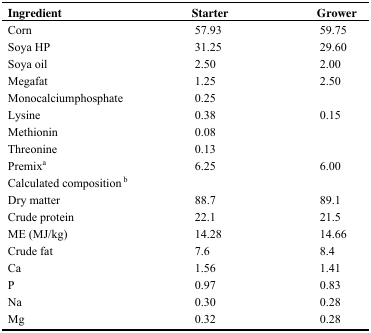
<table><thead><tr><td><b>Ingredient</b></td><td><b>Starter</b></td><td><b>Grower</b></td></tr></thead><tbody><tr><td>Corn</td><td>57.93</td><td>59.75</td></tr><tr><td>Soya HP</td><td>31.25</td><td>29.60</td></tr><tr><td>Soya oil</td><td>2.50</td><td>2.00</td></tr><tr><td>Megafat</td><td>1.25</td><td>2.50</td></tr><tr><td>Monocalciumphosphate</td><td>0.25</td><td></td></tr><tr><td>Lysine</td><td>0.38</td><td>0.15</td></tr><tr><td>Methionin</td><td>0.08</td><td></td></tr><tr><td>Threonine</td><td>0.13</td><td></td></tr><tr><td>Premixa</td><td>6.25</td><td>6.00</td></tr><tr><td colspan="3">Calculated composition b</td></tr><tr><td>Dry matter</td><td>88.7</td><td>89.1</td></tr><tr><td>Crude protein</td><td>22.1</td><td>21.5</td></tr><tr><td>ME (MJ/kg)</td><td>14.28</td><td>14.66</td></tr><tr><td>Crude fat</td><td>7.6</td><td>8.4</td></tr><tr><td>Ca</td><td>1.56</td><td>1.41</td></tr><tr><td>P</td><td>0.97</td><td>0.83</td></tr><tr><td>Na</td><td>0.30</td><td>0.28</td></tr><tr><td>Mg</td><td>0.32</td><td>0.28</td></tr></tbody></table>